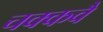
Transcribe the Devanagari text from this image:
चक्‍कवै